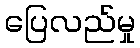
ပြေလည်မှု